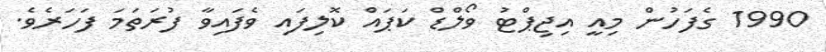
1990 ގެފަހުން މިއީ އިޖިޕްޓު ވޯލްޑް ކަޕައް ކޮލިފައި ވެފައިވާ ފުރަތަމަ ފަހަރެވެ.